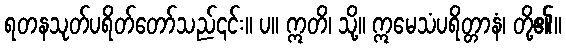
ရတနသုတ်ပရိတ်တော်သည်၎င်း။ ပ။ ဣတိ၊ သို့။ ဣမေသံပရိတ္တာနံ၊ တို့၏။